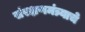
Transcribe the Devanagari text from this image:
संरक्षणमंत्र्याचे